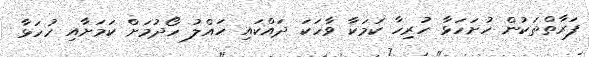
ފަރާތްތަކުން ހުށަހަޅާ ހުރިހާ ކަމަކާ ވާހަކަ ދައްކައި ހައްލު ހޯދުމަށް ކަމަށާއި ހުހަޅާ